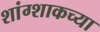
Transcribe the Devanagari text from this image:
शांग्शाकच्या